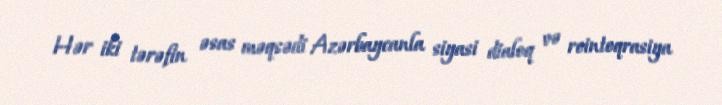
Hər iki tərəfin əsas məqsədi Azərbaycanla siyasi dialoq və reinteqrasiya